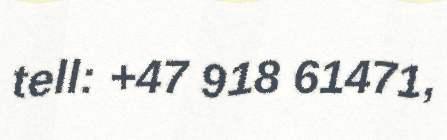
tell: +47 918 61471,